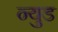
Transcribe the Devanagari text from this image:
न्युड